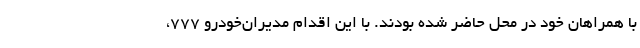
با همراهان خود در محل حاضر شده بودند. با این اقدام مدیران‌خودرو 777،